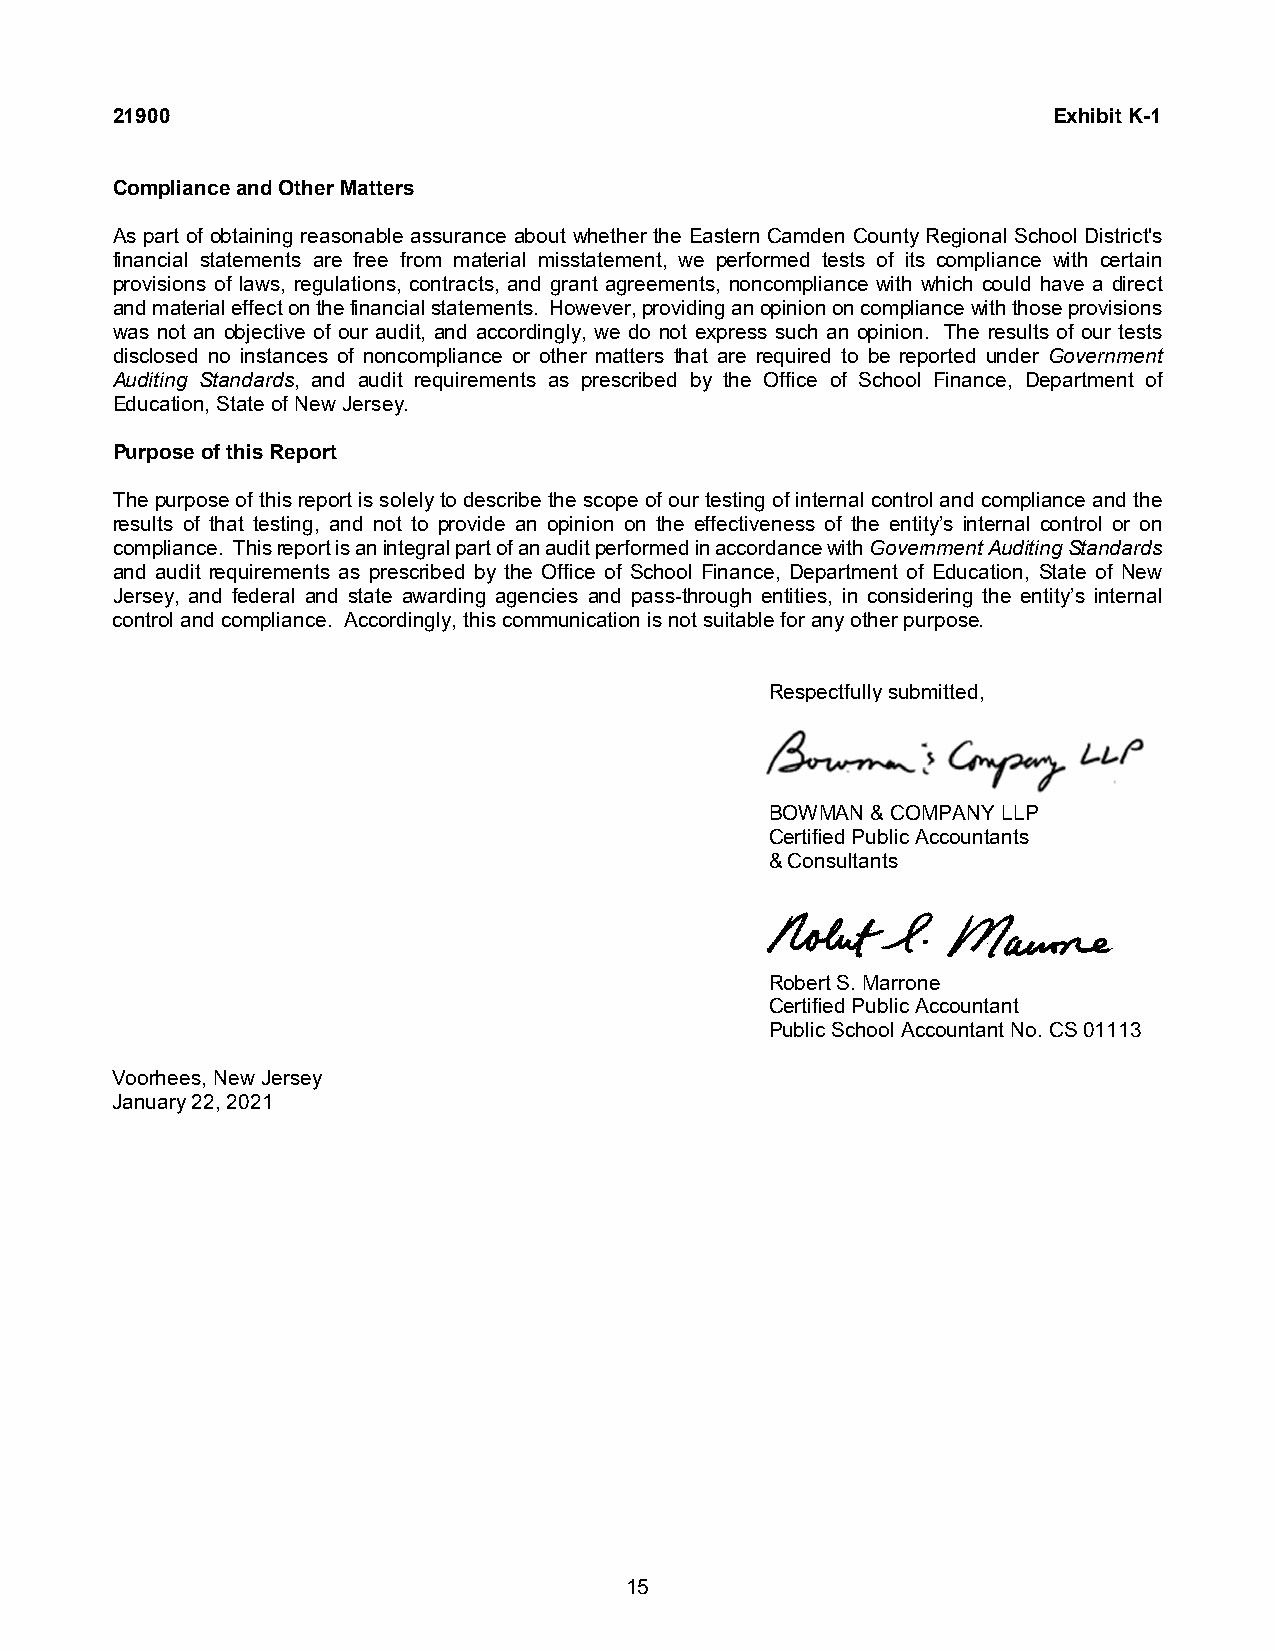
21900                                                          Exhibit K-1
 Complianceand Other Matters
 As part of obtaining reasonable assurance about whether the Eastern Camden County Regional School District's
 financial statements are free from material misstatement, we performed tests of its compliance with certain
 provisions of laws, regulations, contracts, and grant agreements, noncompliance with which could have a direct
 and material effect on the financial statements. However, providing anopinion on compliance with those provisions
 was not an objective of our audit, and accordingly, we do not express such an opinion. The results of our tests
 disclosed no instances of noncompliance or other matters that are required to be reported under Government
 Auditing Standards, and audit requirements as prescribed by the Office of School Finance, Department of
 Education, State of New Jersey.
 Purpose of this Report
 Thepurpose of this report is solelyto describe the scope of our testing of internal control and compliance and the
 results of that testing, and not to provide an opinion on the effectiveness of the entity’s internal control or on
 compliance. This report is an integral part of an audit performed in accordance with Government Auditing Standards
 and audit requirements as prescribed by the Office of School Finance, Department of Education, State of New
 Jersey, and federal and state awarding agencies and pass-through entities, in considering the entity’s internal
 control and compliance. Accordingly, this communication is not suitable for any other purpose.
 Respectfully submitted,
 BOWMAN & COMPANY LLP
 Certified Public Accountants
 & Consultants
 Robert S. Marrone
 Certified Public Accountant
 Public School Accountant No. CS 01113
 Voorhees, New Jersey
 January 22, 2021
 15